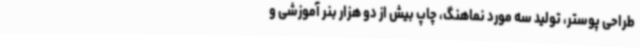
طراحی پوستر، تولید سه مورد نماهنگ، چاپ بیش از دو هزار بنر آموزشی و